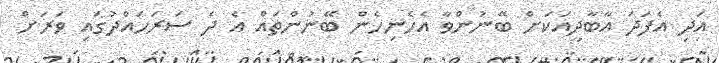
އަދި އެފަދަ އާބާދީއަކަށް ބޭނުންވާ އެހެނިހެން ބޭނުންތައް އެ ދެ ސަރަހައްދުގައި ވަރަށް